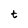
Character: t